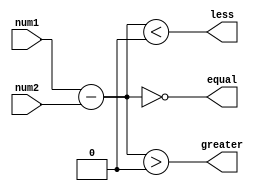
module fixed_point_comparator(
    input signed [15:0] num1,
    input signed [15:0] num2,
    output equal,
    output greater,
    output less
);

wire signed [15:0] difference;

assign difference = num1 - num2;

assign equal = (difference == 0);
assign greater = (difference > 0);
assign less = (difference < 0);

endmodule